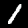
Label: 1